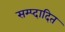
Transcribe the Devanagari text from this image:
सम्प्दादित